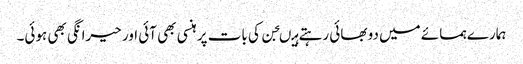
ہمارے ہمسائے میں دو بھائی رہتے ہیںجن کی بات پر ہنسی بھی آئی اور حیرانگی بھی ہوئی۔